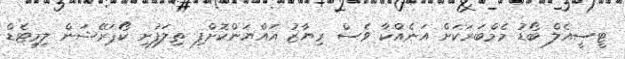
ޓީސީއެލް ބޯޑު މެމްބަރަކަށް އަނެއްކާ ވެސް ރިޔާޒު އައްޔަންކޮށްފި ތިލަފުށި ކޯޕަރޭޝަން ލިމިޓެޑް